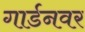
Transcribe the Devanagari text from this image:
गार्डनवर